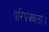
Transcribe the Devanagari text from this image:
परिपक्वता।